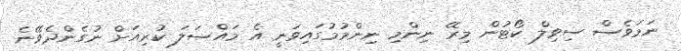
ނަމަވެސް ސިވިލް ކޯޓުން މިރޭ ނިންމި ނިންމުމުގައިވަނީ އެ މައްސަލަ ކުރިއަށް ނުގެންދެވޭނެ